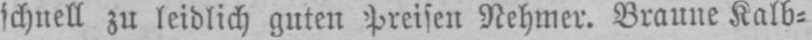
Nehmer. Braune Kalb⸗